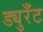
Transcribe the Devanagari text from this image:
ड्युरँट